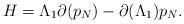
LaTeX: \begin{align*}H=\Lambda_1\partial(p_N)-\partial(\Lambda_1)p_N.\end{align*}